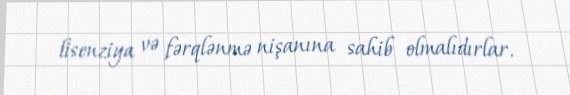
lisenziya və fərqlənmə nişanına sahib olmalıdırlar.